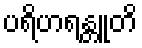
ပရိဟရန္တူတိ